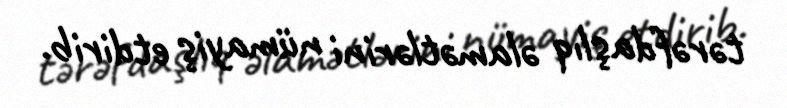
tərəfdaşlıq əlamətlərini nümayiş etdirib.